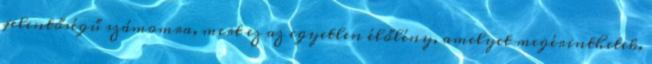
jelentőségű számomra, mert ez az egyetlen élőlény, amelyet megérinthetek.